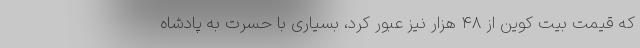
که قیمت بیت کوین از ۴۸ هزار نیز عبور کرد، بسیاری با حسرت به پادشاه